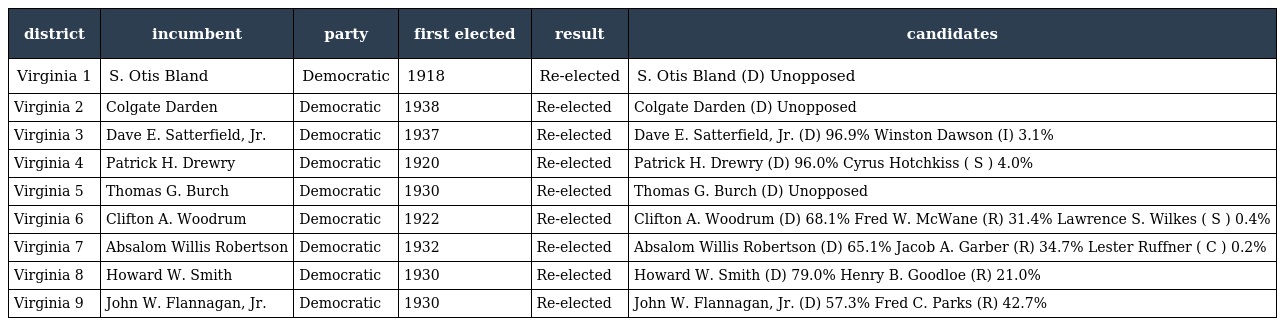
| district | incumbent | party | first elected | result | candidates |
 | --- | --- | --- | --- | --- | --- |
 | Virginia 1 | S. Otis Bland | Democratic | 1918 | Re-elected | S. Otis Bland (D) Unopposed |
 | Virginia 2 | Colgate Darden | Democratic | 1938 | Re-elected | Colgate Darden (D) Unopposed |
 | Virginia 3 | Dave E. Satterfield, Jr. | Democratic | 1937 | Re-elected | Dave E. Satterfield, Jr. (D) 96.9% Winston Dawson (I) 3.1% |
 | Virginia 4 | Patrick H. Drewry | Democratic | 1920 | Re-elected | Patrick H. Drewry (D) 96.0% Cyrus Hotchkiss ( S ) 4.0% |
 | Virginia 5 | Thomas G. Burch | Democratic | 1930 | Re-elected | Thomas G. Burch (D) Unopposed |
 | Virginia 6 | Clifton A. Woodrum | Democratic | 1922 | Re-elected | Clifton A. Woodrum (D) 68.1% Fred W. McWane (R) 31.4% Lawrence S. Wilkes ( S ) 0.4% |
 | Virginia 7 | Absalom Willis Robertson | Democratic | 1932 | Re-elected | Absalom Willis Robertson (D) 65.1% Jacob A. Garber (R) 34.7% Lester Ruffner ( C ) 0.2% |
 | Virginia 8 | Howard W. Smith | Democratic | 1930 | Re-elected | Howard W. Smith (D) 79.0% Henry B. Goodloe (R) 21.0% |
 | Virginia 9 | John W. Flannagan, Jr. | Democratic | 1930 | Re-elected | John W. Flannagan, Jr. (D) 57.3% Fred C. Parks (R) 42.7% |